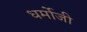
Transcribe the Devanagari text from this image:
धर्मोजी